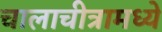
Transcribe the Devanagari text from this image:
चालाचीत्रामध्ये